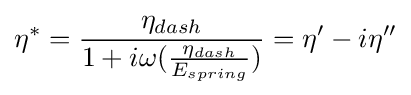
\eta ^{*}={\frac {\eta _{dash}}{1+i\omega ({\frac {\eta _{dash}}{E_{spring}}})}}=\eta '-i\eta ''